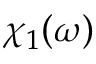
\chi _ { 1 } ( \omega )